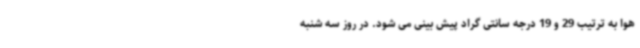
هوا به ترتیب 29 و 19 درجه سانتی گراد پیش بینی می شود. در روز سه شنبه